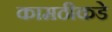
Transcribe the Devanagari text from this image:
कामठीकडे